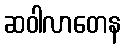
ဆဝါလာတေန